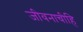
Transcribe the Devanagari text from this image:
जीवनाचीहि